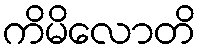
ကိမိလောတိ